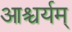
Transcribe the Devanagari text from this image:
आश्चर्यम्